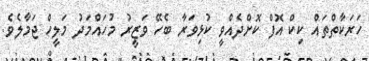
ހަރަކާތްތައްް ކިކް އޮފް ކޮށްދެއްވީ ކުޅިވަރާ ބެހޭ ވަޒީރު މުހައްމަދު މަލީހް ޖަމާލެވެ.